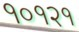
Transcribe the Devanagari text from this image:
१०१२१